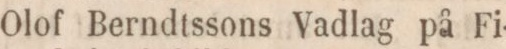
Olof Berndtssons Vadlag på Fi-